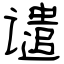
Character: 谴